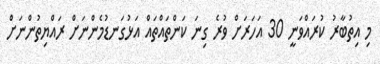
މި އިތުބާރު ކުރައްވަނީ 30 އަހަރަށް ވުރެ ގިނަ ކަންތައްތައް އަޅުގަނޑުމެންނަށް ރައްޔިތުންނަށް